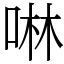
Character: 啉